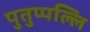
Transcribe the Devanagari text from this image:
पुतुप्पल्लि